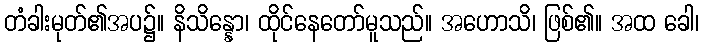
တံခါးမုတ်၏အပ၌။ နိသိန္နော၊ ထိုင်နေတော်မူသည်။ အဟောသိ၊ ဖြစ်၏။ အထ ခေါ၊